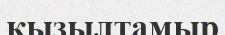
қызылтамыр